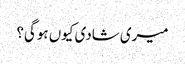
میری شادی کیوں ہوگی؟